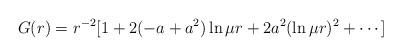
LaTeX: \begin{align*}G(r)=r^{-2}[1+2(-a+a^2)\ln \mu r+2a^2(\ln \mu r)^2+\cdots ]\end{align*}